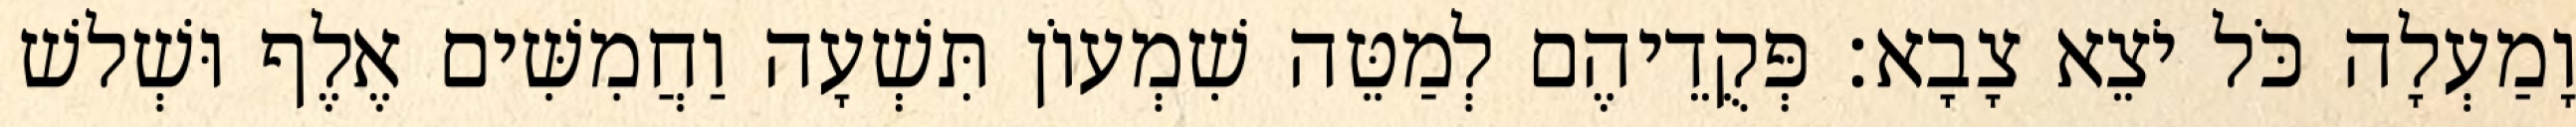
וָמַעְלָה כֹּל יֹצֵא צָבָא׃ פְּקֻדֵיהֶם לְמַטֵּה שִׁמְעוֹן תִּשְׁעָה וַחֲמִשִּׁים אֶלֶף וּשְׁלשׁ